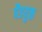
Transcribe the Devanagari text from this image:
पैडयुक्त